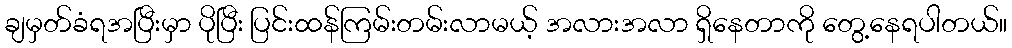
ချမှတ်ခံရအပြီးမှာ ပိုပြီး ပြင်းထန်ကြမ်းတမ်းလာမယ့် အလားအလာ ရှိနေတာကို တွေ့နေရပါတယ်။